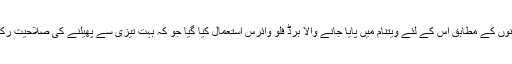
سائنسدانوں کے مطابق اس کے لئے ویتنام میں پایا جانے والا برڈ فلو وائرس استعمال کیا گیا جو کہ بہت تیزی سے پھیلنے کی صلاحیت رکھتا ہے۔